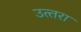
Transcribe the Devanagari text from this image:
उत्‍तरा